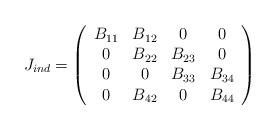
LaTeX: \begin{align*}J_{ind}=\left (\begin{array}{cccc} B_{11} &B_{12} &0 & 0 \\0&B_{22}& B_{23} &0 \\0 &0& B_{33} & B_{34}\\0 &B_{42}&0 & B_{44}\\\end{array}\right)\end{align*}